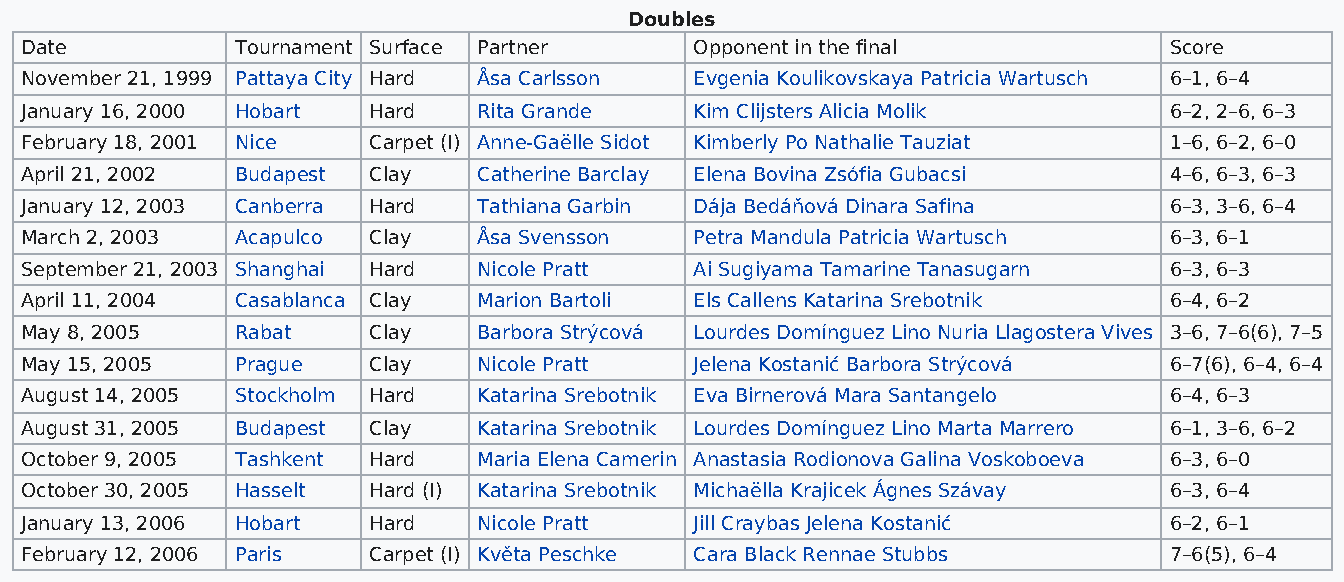
Doubles
 Date           Tournament Surface Partner    Opponent in the final          Score
 November 21, 1999 Pattaya City Hard Åsa Carlsson Evgenia Koulikovskaya Patricia Wartusch 6–1, 6–4
 January 16, 2000 Hobart Hard   Rita Grande   Kim Clijsters Alicia Molik     6–2, 2–6, 6–3
 February 18, 2001 Nice Carpet (I) Anne-Gaëlle Sidot Kimberly Po Nathalie Tauziat 1–6, 6–2, 6–0
 April 21, 2002 Budapest Clay   Catherine Barclay Elena Bovina Zsófia Gubacsi 4–6, 6–3, 6–3
 January 12, 2003 Canberra Hard Tathiana Garbin Dája Bedáňová Dinara Safina  6–3, 3–6, 6–4
 March 2, 2003  Acapulco Clay   Åsa Svensson  Petra Mandula Patricia Wartusch 6–3, 6–1
 September 21, 2003 Shanghai Hard Nicole Pratt Ai Sugiyama Tamarine Tanasugarn 6–3, 6–3
 April 11, 2004 Casablanca Clay Marion Bartoli Els Callens Katarina Srebotnik 6–4, 6–2
 May 8, 2005    Rabat   Clay    Barbora Strýcová Lourdes Domínguez Lino Nuria Llagostera Vives 3–6, 7–6(6), 7–5
 May 15, 2005   Prague  Clay    Nicole Pratt  Jelena Kostanić Barbora Strýcová 6–7(6), 6–4, 6–4
 August 14, 2005 Stockholm Hard Katarina Srebotnik Eva Birnerová Mara Santangelo 6–4, 6–3
 August 31, 2005 Budapest Clay  Katarina Srebotnik Lourdes Domínguez Lino Marta Marrero 6–1, 3–6, 6–2
 October 9, 2005 Tashkent Hard  Maria Elena Camerin Anastasia Rodionova Galina Voskoboeva 6–3, 6–0
 October 30, 2005 Hasselt Hard (I) Katarina Srebotnik Michaëlla Krajicek Ágnes Szávay 6–3, 6–4
 January 13, 2006 Hobart Hard   Nicole Pratt  Jill Craybas Jelena Kostanić   6–2, 6–1
 February 12, 2006 Paris Carpet (I) Květa Peschke Cara Black Rennae Stubbs   7–6(5), 6–4